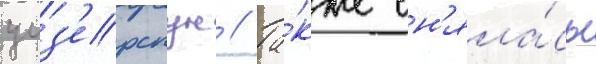
уиз'ерспун // Та́кже сн'яла́сь